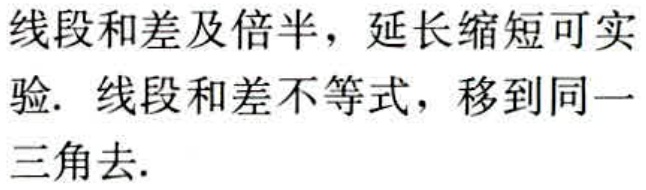
线段和差及倍半，延长缩短可实验. 线段和差不等式，移到同一三角去.